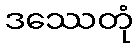
ဒဿေတုံ